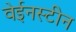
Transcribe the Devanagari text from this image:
वेईनस्टीन